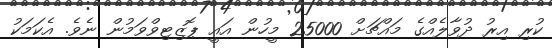
ކުރި އިރު ދުވާލެއްގެ މައްޗަށް 25000 މީހުން އައީ ޕޮޒިޓިވްވަމުން ނެވެ. އެކަމަކު